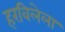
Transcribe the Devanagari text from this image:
हरविलेला